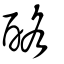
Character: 酪